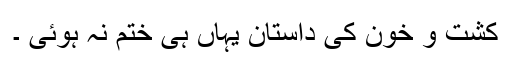
کشت و خون کی داستان یہاں ہی ختم نہ ہوئی ۔